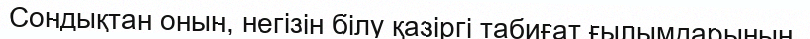
Сондықтан онын, негізін білу қазіргі табиғат ғылымдарынын,